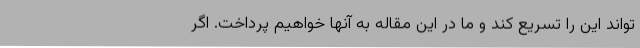
‌تواند این را تسریع کند و ما در این مقاله به آنها خواهیم پرداخت. اگر